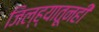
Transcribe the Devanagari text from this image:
जिल्ह्यातूनही